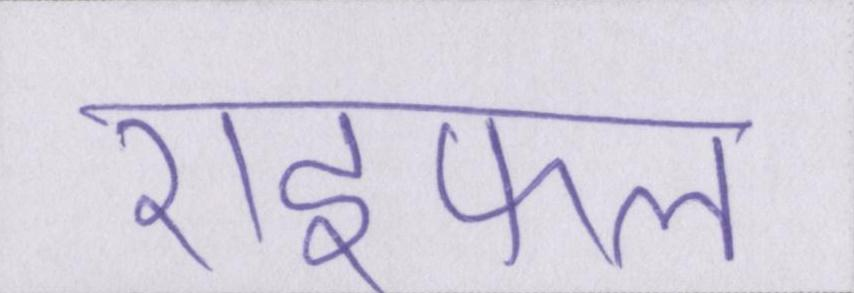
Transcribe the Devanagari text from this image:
राइफल